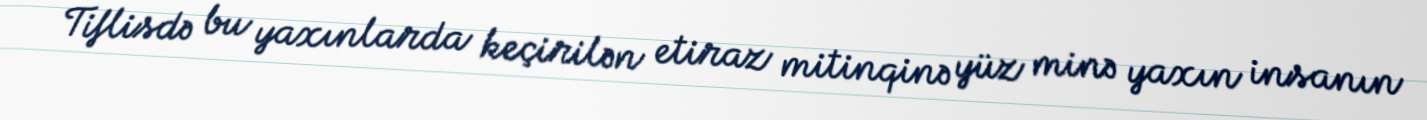
Tiflisdə bu yaxınlarda keçirilən etiraz mitinqinə yüz minə yaxın insanın